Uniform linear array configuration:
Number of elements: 64
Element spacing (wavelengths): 0.5
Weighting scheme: kaiser
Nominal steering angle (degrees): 0
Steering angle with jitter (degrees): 1.51
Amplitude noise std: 0.05
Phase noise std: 0.05

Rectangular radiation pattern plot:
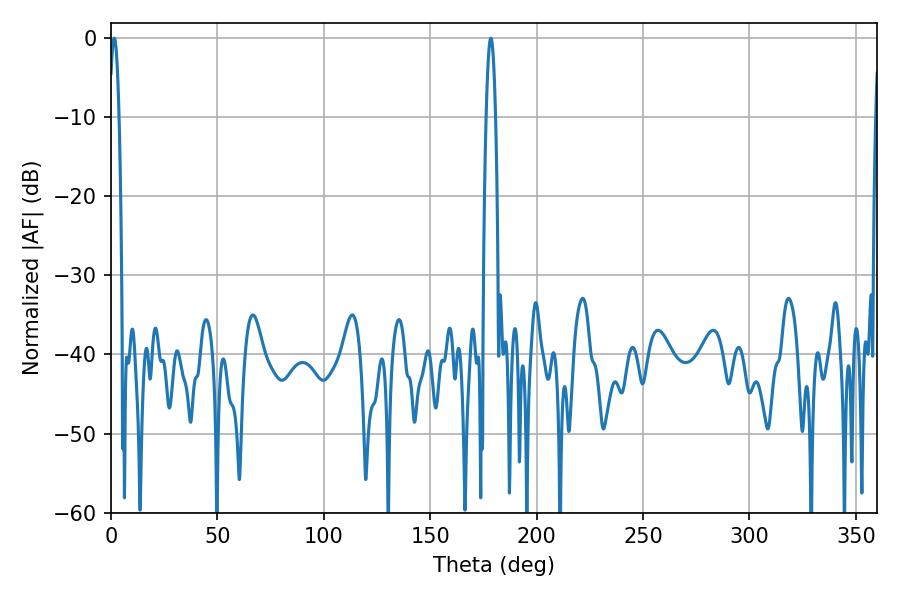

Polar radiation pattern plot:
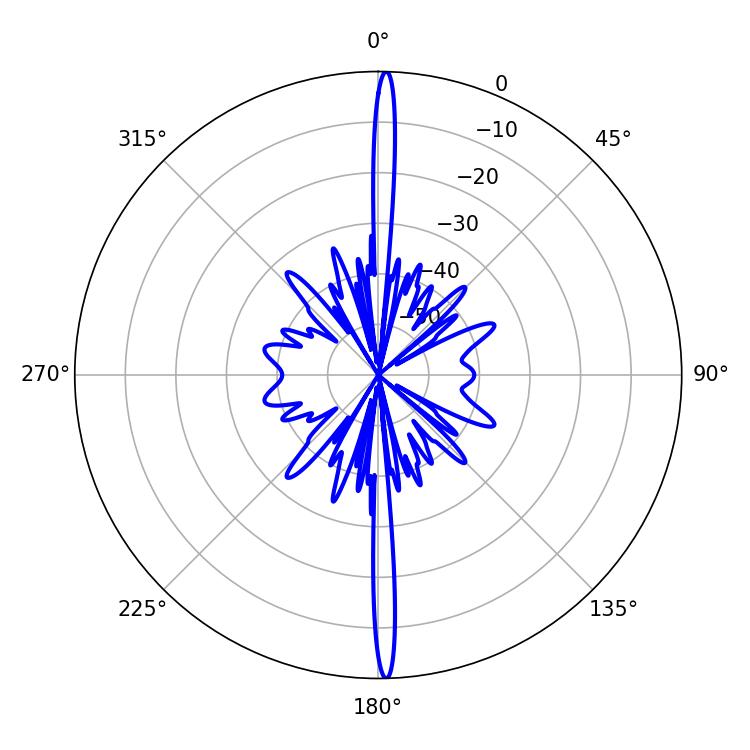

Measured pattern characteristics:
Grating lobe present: FALSE
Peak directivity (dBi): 29.122
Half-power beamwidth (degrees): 2.34
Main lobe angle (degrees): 1.44